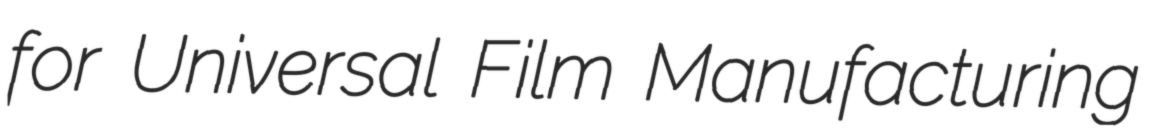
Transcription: for Universal Film Manufacturing